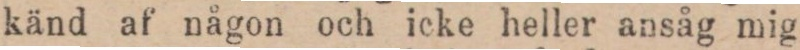
känd af någon och icke heller ansåg mig